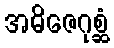
အဓိဇေဂုစ္ဆံ